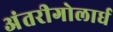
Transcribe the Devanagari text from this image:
अंतरीगोलार्ध